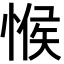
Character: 𢜵